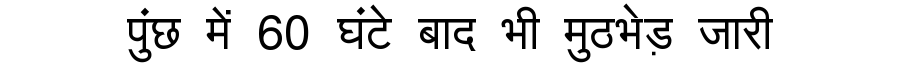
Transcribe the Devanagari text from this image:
पुंछ में 60 घंटे बाद भी मुठभेड़ जारी